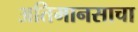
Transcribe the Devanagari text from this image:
अतिमानसाचा